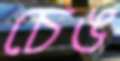
চেঙ